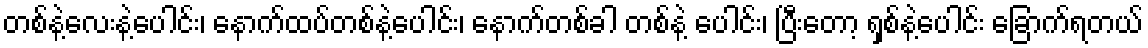
တစ်နဲ့လေးနဲ့ပေါင်း၊ နောက်ထပ်တစ်နဲ့ပေါင်း၊ နောက်တစ်ခါ တစ်နဲ့ ပေါင်း၊ ပြီးတော့ ရှစ်နဲ့ပေါင်း ခြောက်ရတယ်